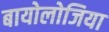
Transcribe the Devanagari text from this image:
बायोलोजिया